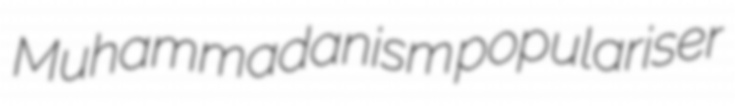
Muhammadanism populariser